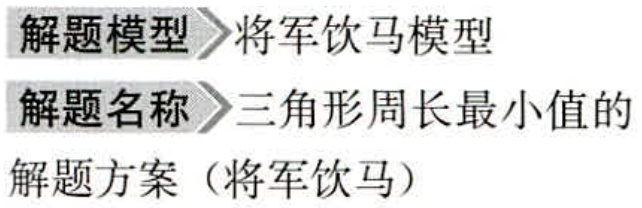
\begin{document}

解题模型$\gg$将军饮马模型

解题名称$\gg$三角形周长最小值的

解题方案（将军饮马）

\end{document}